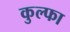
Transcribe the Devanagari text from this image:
कुल्‍फा